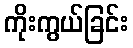
ကိုးကွယ်ခြင်း